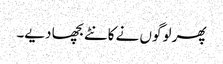
پھر لوگوں نے کانٹے بچھا دیے۔